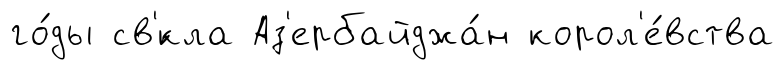
го́ды св'́кла Аз'ербайджа́н корол'е́вства